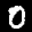
Label: 0